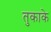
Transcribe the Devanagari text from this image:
तुकाके